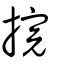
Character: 捖